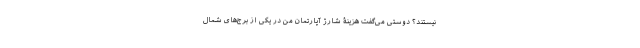
نیستند؟ دوستی می‌گفت هزینۀ شارژ آپارتمان من در یکی از برج‌های شمال